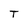
Character: T